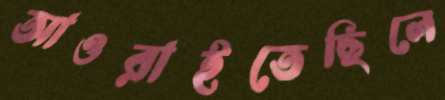
আওরাইতেছিলে